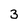
Character: 3